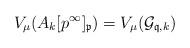
LaTeX: \begin{align*}V_\mu(A_k[p^\infty]_{\mathfrak{p}}) = V_\mu(\mathcal{G}_{\mathfrak{q},k})\end{align*}